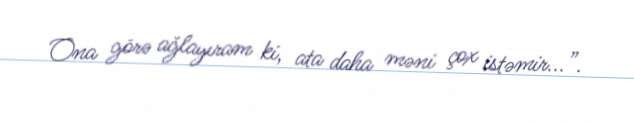
Ona görə ağlayıram ki, ata daha məni çox istəmir...”.